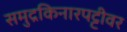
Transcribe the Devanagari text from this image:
समुद्रकिनारपट्टीवर